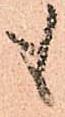
も